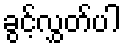
ခွင့်လွှတ်ပါ